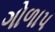
ગોળાપ